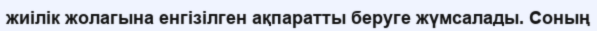
жиілік жолагына енгізілген ақпаратты беруге жүмсалады. Соның